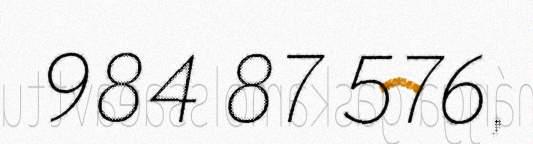
984 87 576,